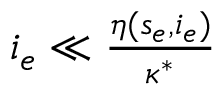
\begin{array} { r } { i _ { e } \ll \frac { \eta ( s _ { e } , i _ { e } ) } { \kappa ^ { * } } } \end{array}